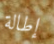
إطالة